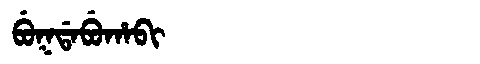
Manchu: ᠪᡠᡴᡩᠠᠪᡠᡥᠠᠪᡳ
Romanization: BUKDABUHABI